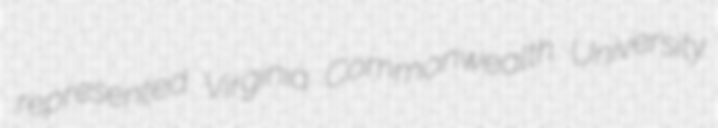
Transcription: represented Virginia Commonwealth University